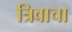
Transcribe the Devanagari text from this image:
त्रिवाचा